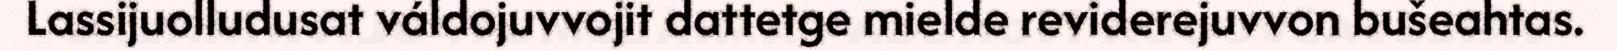
Lassijuolludusat váldojuvvojit dattetge mielde reviderejuvvon bušeahtas.